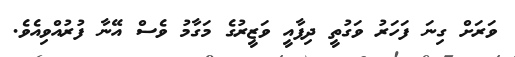
ވަރަށް ގިނަ ފަހަރު ވަގުތީ ދިފާއީ ވަޒީރުގެ މަގާމު ވެސް އޭނާ ފުރުއްވިއެވެ.